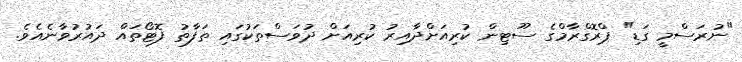
"ނުރަސްމީ ގަޑި" ޕްރޮގްރާމްގެ ސޫޓިން ކުރިއަށްދާއިރު ކުރިއަށް ދުވަސްތަކުގައި ތަފާތު ފޮޓޯތައް ދައުރުވާނެއެވެ.